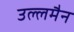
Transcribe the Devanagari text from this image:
उल्लमैन